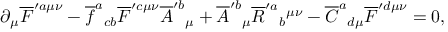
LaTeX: \partial { } _ { \mu } \overline { { { F } } } ^ { \prime a \mu \nu } - \overline { { { f } } } ^ { a } { } _ { c b } \overline { { { F } } } ^ { \prime c \mu \nu } \overline { { { A } } } ^ { \prime b } { } _ { \mu } { } + \overline { { { A } } } ^ { \prime b } { } _ { \mu } \overline { { { R } } } ^ { \prime a } { } _ { b } { } ^ { \mu \nu } - \overline { { { C } } } ^ { a } { } _ { d \mu } \overline { { { F } } } ^ { \prime d \mu \nu } = 0 ,